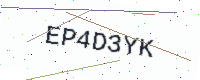
Text: EP4D3YK